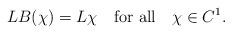
LaTeX: \begin{align*}LB(\chi)=L\chi\quad\mbox{for all}\quad\chi\in C^1.\end{align*}